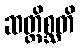
ဆတ္တိစ္ဆတိ